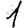
Digit: 1